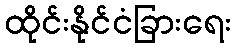
ထိုင်းနိုင်ငံခြားရေး